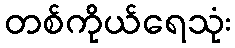
တစ်ကိုယ်ရေသုံး